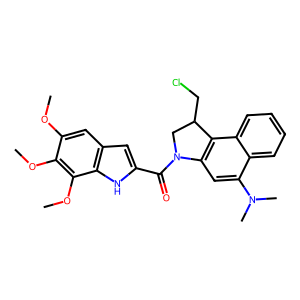
SMILES: COc1cc2cc(C(=O)N3CC(CCl)c4c3cc(N(C)C)c3ccccc43)[nH]c2c(OC)c1OC
Inhibits HIV replication: No